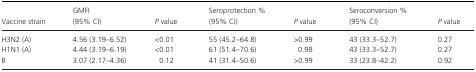
<table><thead><tr><td><b>Vaccine strain</b></td><td><b>GMFI (95% CI)</b></td><td><b><i>P</i> value</b></td><td><b>Seroprotection % (95% CI)</b></td><td><b><i>P</i> value</b></td><td><b>Seroconversion % (95% CI)</b></td><td><b><i>P</i> value</b></td></tr></thead><tbody><tr><td>H3N2 (A)</td><td>4.56 (3.19–6.52)</td><td>&lt;0.01</td><td>55 (45.2–64.8)</td><td>&gt;0.99</td><td>43 (33.3–52.7)</td><td>0.27</td></tr><tr><td>H1N1 (A)</td><td>4.44 (3.19–6.19)</td><td>&lt;0.01</td><td>61 (51.4–70.6)</td><td>0.98</td><td>43 (33.3–52.7)</td><td>0.27</td></tr><tr><td>B</td><td>3.07 (2.17–4.36)</td><td>0.12</td><td>41 (31.4–50.6)</td><td>&gt;0.99</td><td>33 (23.8–42.2)</td><td>0.92</td></tr></tbody></table>